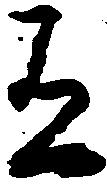
有